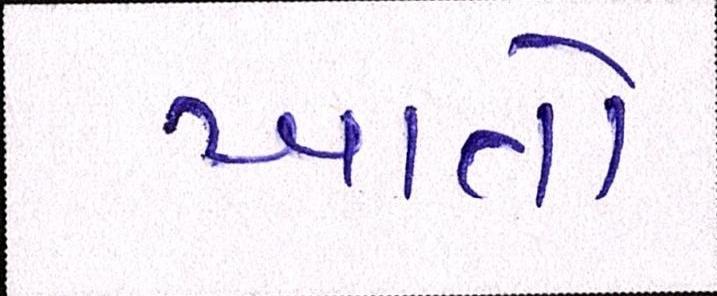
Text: ખાતો